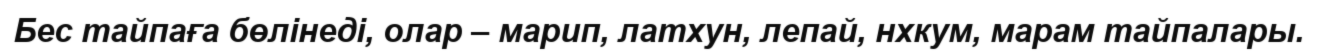
Бес тайпаға бөлінеді, олар – марип, латхун, лепай, нхкум, марам тайпалары.